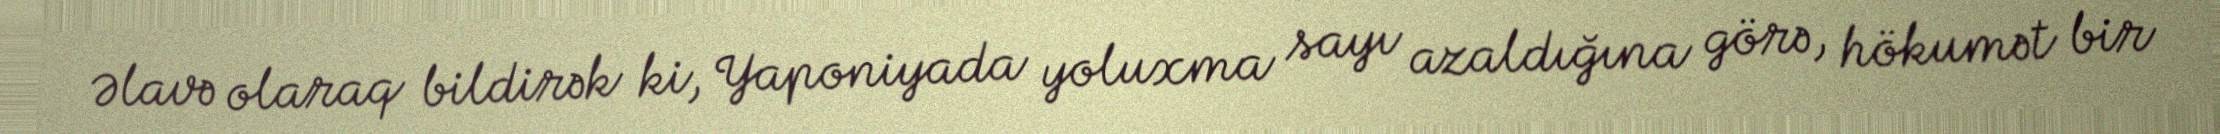
Əlavə olaraq bildirək ki, Yaponiyada yoluxma sayı azaldığına görə, hökumət bir